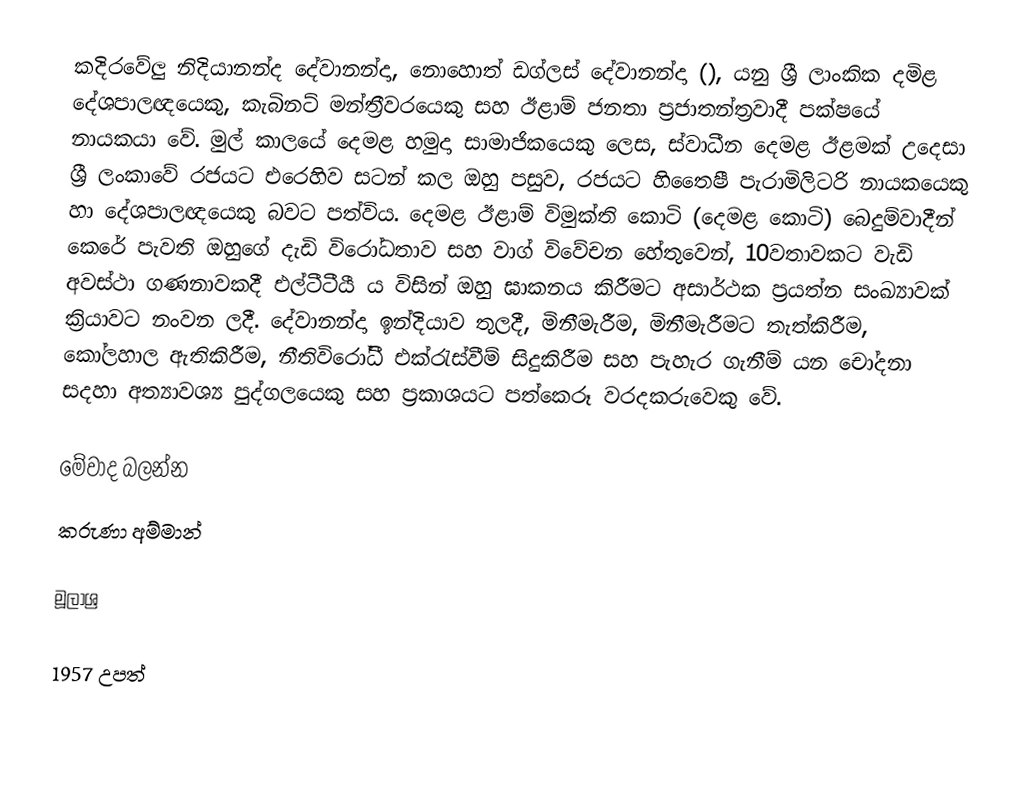
කදිරවේලු නිදියානන්ද දේවානන්දා, නොහොත් ඩග්ලස් දේවානන්දා (), යනු ශ්‍රී ලාංකික දමිළ දේශපාලඥයෙකු, කැබිනට් මන්ත්‍රීවරයෙකු සහ ඊළාම් ජනතා ප්‍රජාතන්ත්‍රවාදී පක්ෂයේ නායකයා වේ. මුල් කාලයේ දෙමළ හමුදා සාමාජිකයෙකු ලෙස, ස්වාධීන දෙමළ ඊළමක් උදෙසා ශ්‍රී ලංකාවේ රජයට එරෙහිව සටන් කල ඔහු පසුව, රජයට හිතෙෙෂී පැරාමිලිටරි නායකයෙකු හා දේශපාලඥයෙකු බවට පත්විය. දෙමළ ඊළාම් විමුක්ති කොටි (දෙමළ කොටි) බෙදුම්වාදීන් කෙරේ පැවති ඔහුගේ දැඩි විරෝධතාව සහ වාග් විවේචන හේතුවෙන්, 10වතාවකට වැඩි අවස්ථා ගණනාවකදී එල්ටීටීයී ය විසින් ඔහු ඝාකනය කිරීමට අසාර්ථක ප්‍රයත්න සංඛ්‍යාවක් ක්‍රියාවට නංවන ලදී. දේවානන්දා ඉන්දියාව තුලදී, මිනීමැරීම, මිනීමැරීමට තැත්කිරීම, කෝලහාල ඇතිකිරීම, නීතිවිරෝධී එක්රැස්වීම් සිදුකිරීම සහ පැහැර ගැනීම් යන චෝදනා සදහා අත්‍යාවශ්‍ය පුද්ගලයෙකු සහ ප්‍රකාශයට පත්කෙරූ වරදකරුවෙකු වේ.

මේවාද බලන්න
කරුණා අම්මාන්

මූලාශ්‍ර

1957 උපත්